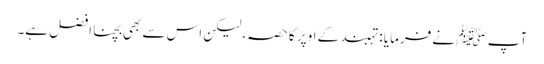
آپ ﷺ نے فرمایا : تہبند کے اوپر کا حصہ، لیکن اس سے بھی بچنا افضل ہے۔